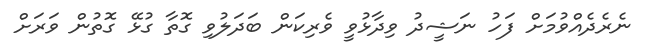
ނެރެދެއްވުމަށް ފަހު ނަޝީދު ވިދާޅުވީ ވެރިކަން ބަދަލުވި ގޮތާ ގުޅޭ ގޮތުން ވަރަށް